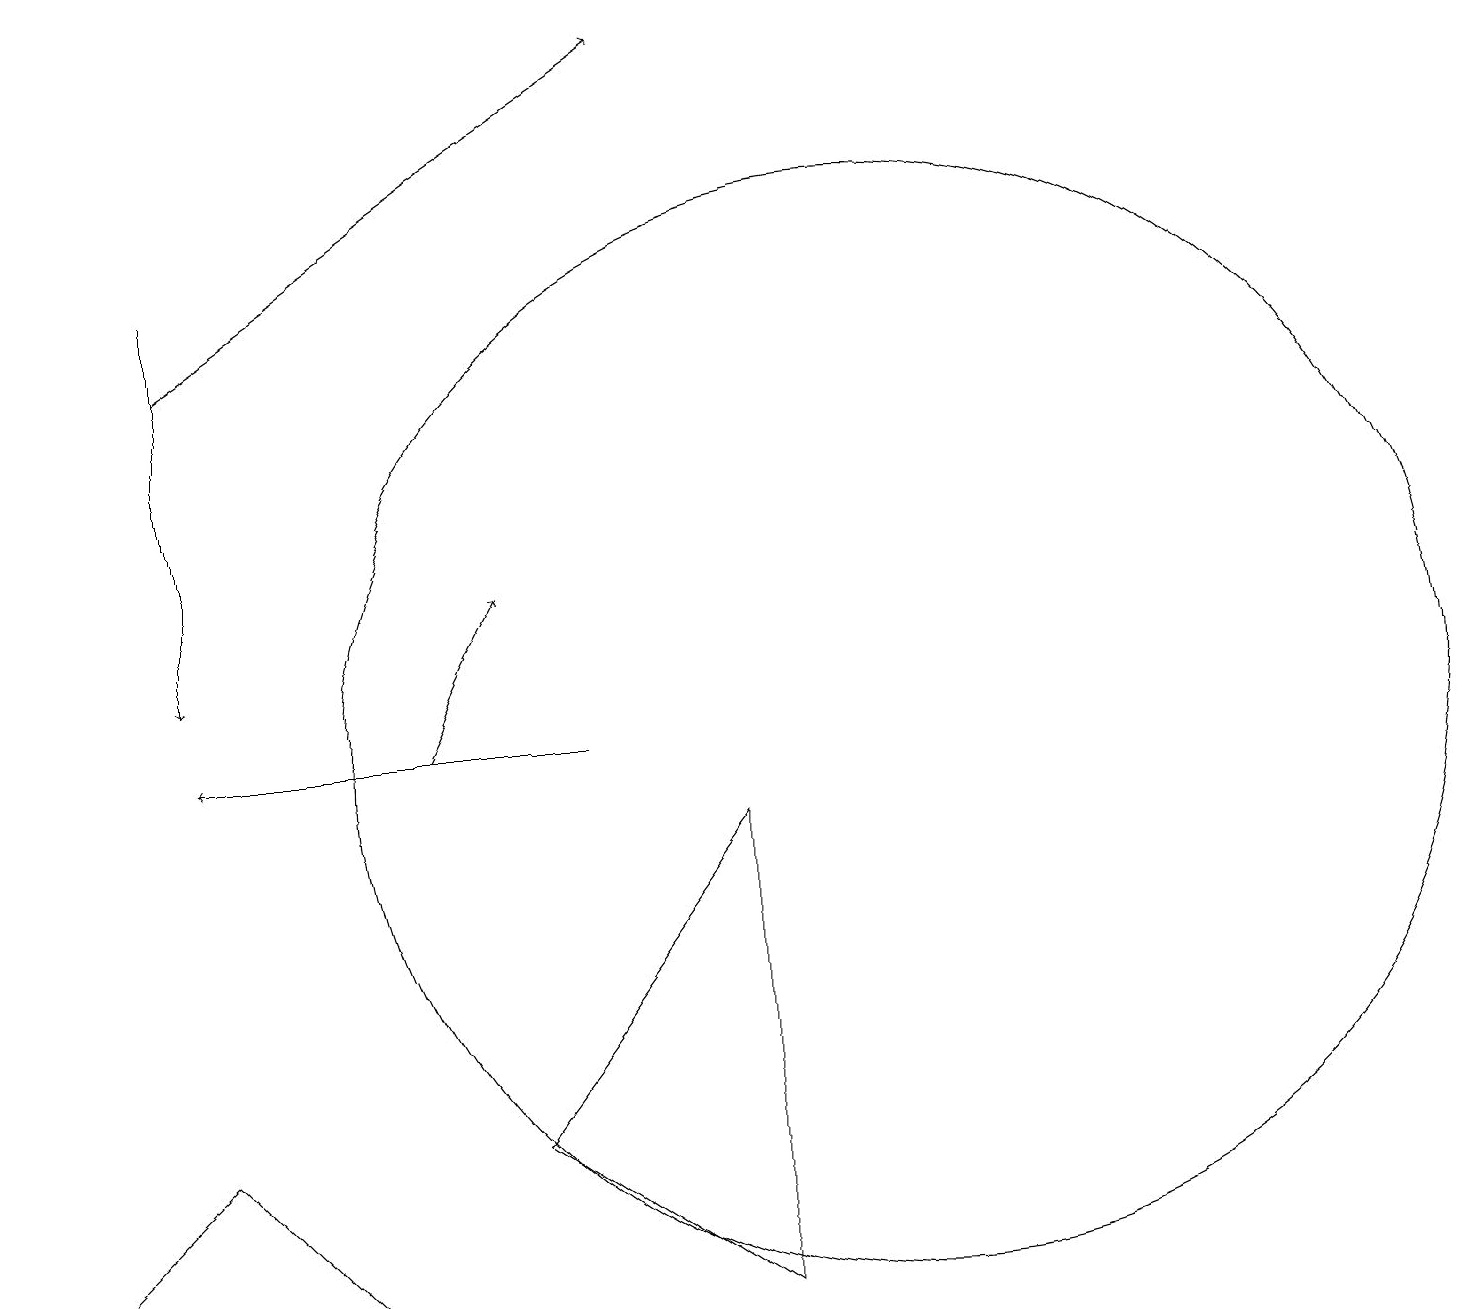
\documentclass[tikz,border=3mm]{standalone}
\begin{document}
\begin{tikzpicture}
\draw[->] (7,10) -- (2,10);
\draw (6,5) -- (9,3) -- (9,9) -- cycle;
\draw (11,10) circle (7);
\draw[->] (5,10) -- (6,12);
\draw[->] (2,15) -- (8,19);
\draw (4,3) -- (0,3) -- (2,5) -- cycle;
\draw[->] (2,16) -- (2,11);
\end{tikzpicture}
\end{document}